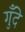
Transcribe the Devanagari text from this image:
गुँदे